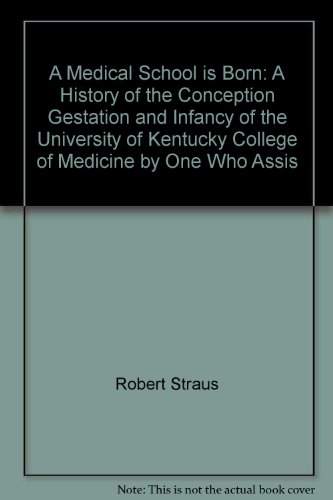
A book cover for A medical school is born: A history of the conception, gestation, and infancy of the University of Kentucky College of Medicine by one who assisted in the delivery; Robert Straus; Education & Teaching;